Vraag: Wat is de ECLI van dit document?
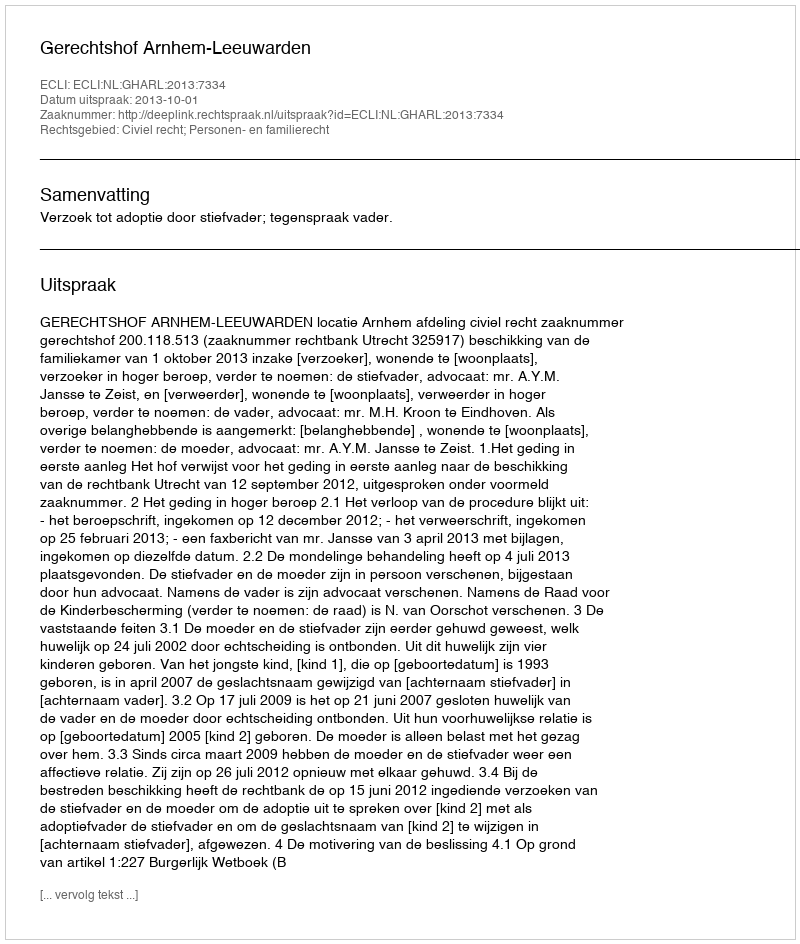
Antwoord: ECLI:NL:GHARL:2013:7334